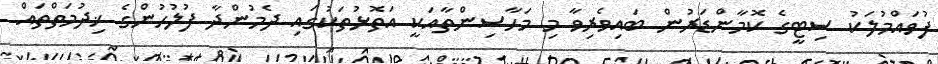
ފުވައްމުލަކު ސިޓީގެ ކޮމާންޑަރުން ބައިވެރިވާ މި މަހާސިންތާއަކީ އަތޮޅުތަކުގައި ދެމުންދާ ފުލުހުންގެ ޚިދުމަތްތައް